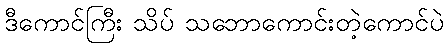
ဒီကောင်ကြီး သိပ် သဘောကောင်းတဲ့ကောင်ပဲ